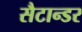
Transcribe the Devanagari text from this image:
सैटान्डर